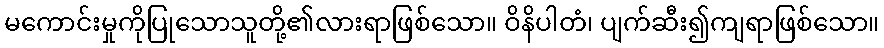
မကောင်းမှုကိုပြုသောသူတို့၏လားရာဖြစ်သော။ ဝိနိပါတံ၊ ပျက်ဆီး၍ကျရာဖြစ်သော။